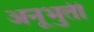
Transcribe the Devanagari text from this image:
अनूभुती